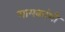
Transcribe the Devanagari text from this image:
गायकांशी